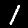
Label: 1